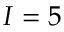
I = 5